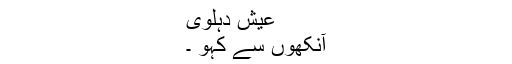
عیش ؔدہلوی
آنکھوں سے کہو ۔